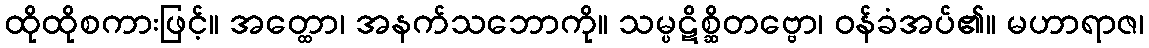
ထိုထိုစကားဖြင့်။ အတ္ထော၊ အနက်သဘောကို။ သမ္ပဋိစ္ဆိတဗ္ဗော၊ ဝန်ခံအပ်၏။ မဟာရာဇ၊